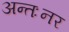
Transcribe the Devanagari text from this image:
अन्तःनर